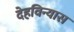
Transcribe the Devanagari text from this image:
देहविन्यास